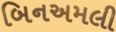
બિનઅમલી